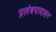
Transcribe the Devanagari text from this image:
प्रलंबपादासन